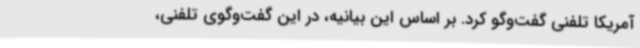
آمریکا تلفنی گفت‌وگو کرد. بر اساس این بیانیه، در این گفت‌وگوی تلفنی،